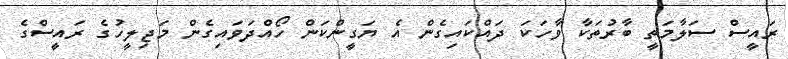
ރައީސް ސަލާމަތީ ބާރުތަކާ ވާހަކަ ދައްކައިގެން އެ ޔަގީންކަން ހޯއްދަވައިގެން މަޖިލީހުގެ ރައީސްގެ